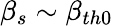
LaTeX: \beta_{s}\sim\beta_{th0}